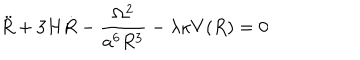
\ddot { R } + 3 H \dot { R } - \frac { \Omega ^ { 2 } } { a ^ { 6 } R ^ { 3 } } - \lambda \kappa V ( R ) = 0